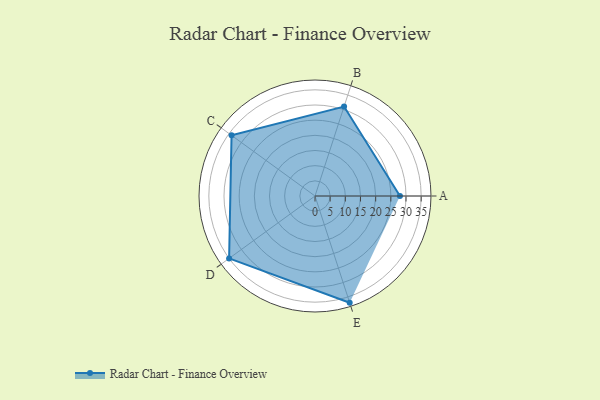
{"axis": {"x": "Skill", "y": "Score"}, "legend": ["Profile"], "data": [{"x": "A", "y": 28.0, "type": "Profile"}, {"x": "B", "y": 31.0, "type": "Profile"}, {"x": "C", "y": 34.0, "type": "Profile"}, {"x": "D", "y": 35.0, "type": "Profile"}, {"x": "E", "y": 37.0, "type": "Profile"}]}